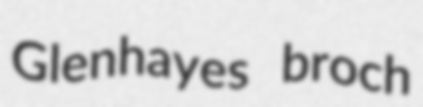
Glenhayes broch